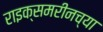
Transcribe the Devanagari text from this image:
राइक्समरीनच्या